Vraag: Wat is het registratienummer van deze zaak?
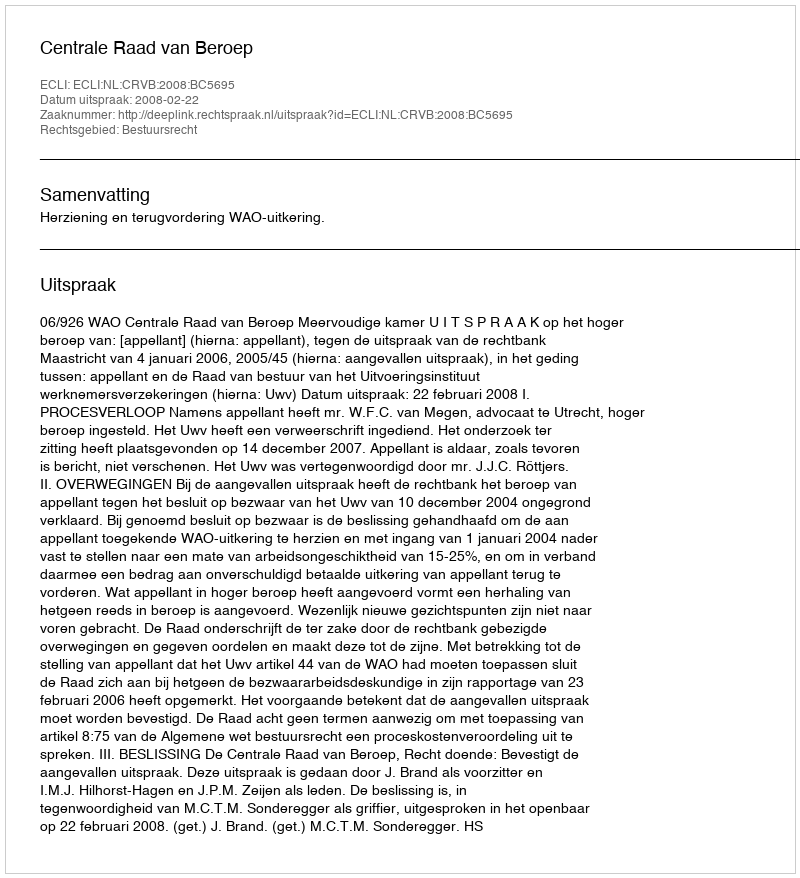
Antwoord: http://deeplink.rechtspraak.nl/uitspraak?id=ECLI:NL:CRVB:2008:BC5695